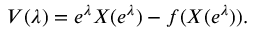
V ( \lambda ) = e ^ { \lambda } X ( e ^ { \lambda } ) - f ( X ( e ^ { \lambda } ) ) .